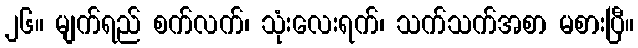
၂၆။ မျက်ရည် စက်လက်၊ သုံးလေးရက်၊ သက်သက်အစာ မစားပြီ။